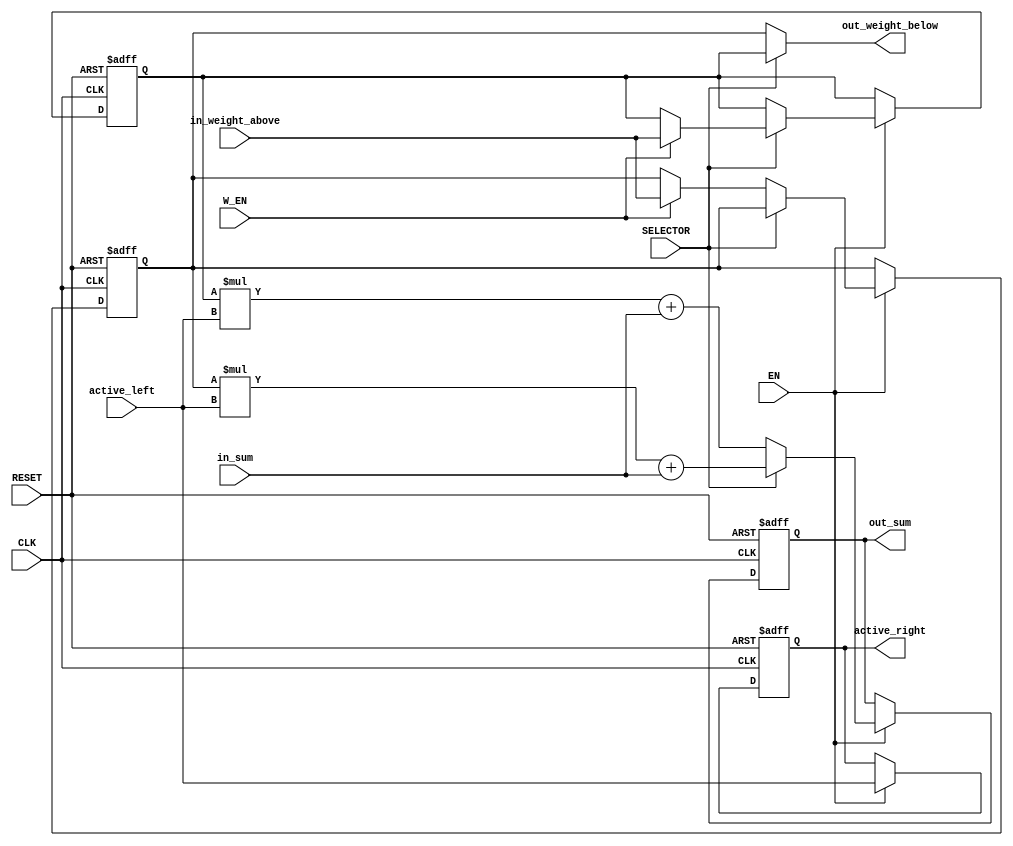
module PE(
	// interface to system
    input wire CLK,                         // CLK = 200MHz
    input wire RESET,                       // RESET, Negedge is active
    input wire EN,                          // enable signal for the accelerator, high for active
    input wire SELECTOR,                    // weight select read or use
    input wire W_EN,                         // enable weight to flow
    // interface to PE row .....
    input wire signed[7:0]active_left,
    output reg signed[7:0]active_right,

    input wire signed[15:0]in_sum,
    output reg signed[15:0]out_sum,

    input wire signed[7:0]in_weight_above,
    output wire signed[7:0]out_weight_below
	);
    reg signed[7:0] weight_1; 
    reg signed[7:0] weight_2;

    // multiplier
    // accumulator (here use register to calculate and accumulate in one cycle)
    // registers for systolic dataflow
    always @(negedge RESET or posedge CLK )begin
        if(~RESET)
        begin
            out_sum <= 0;
            active_right <= 0;
            //out_weight_below <= 0;
            weight_1 <= 0;
            weight_2 <= 0;
        end
        else
        begin
            if(EN)
            begin
                active_right <= active_left;              
                if(SELECTOR)
                begin                                       
                    out_sum <= weight_2*active_left+in_sum;
                    if(W_EN)
                    begin
                        weight_1 = in_weight_above;
                        //out_weight_below = weight_1;
                    end
                end  
                else
                begin
                    out_sum <= weight_1*active_left+in_sum;
                    if(W_EN)
                    begin
                        weight_2 = in_weight_above;
                        //out_weight_below = weight_2;
                    end
                end             
            end
        end
    end
    assign out_weight_below = (SELECTOR)?weight_1 :weight_2;
endmodule